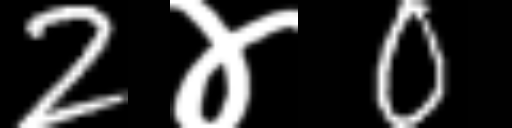
Text: 2४0